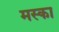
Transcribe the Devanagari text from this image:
मस्का